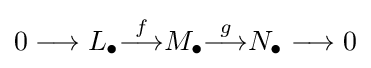
0\longrightarrow L_{\bullet }{\overset {f}{\longrightarrow }}M_{\bullet }{\overset {g}{\longrightarrow }}N_{\bullet }\longrightarrow 0